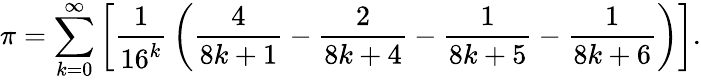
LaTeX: \pi=\sum_{k=0}^{\infty}\left[{\frac{1}{16^{k}}}\left({\frac{4}{8k+1}}-{\frac{2}{8k+4}}-{\frac{1}{8k+5}}-{\frac{1}{8k+6}}\right)\right].